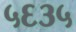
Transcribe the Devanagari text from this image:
५६३५